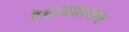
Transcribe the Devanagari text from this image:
देशाप्रमाणेच